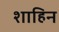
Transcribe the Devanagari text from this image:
शाहिन